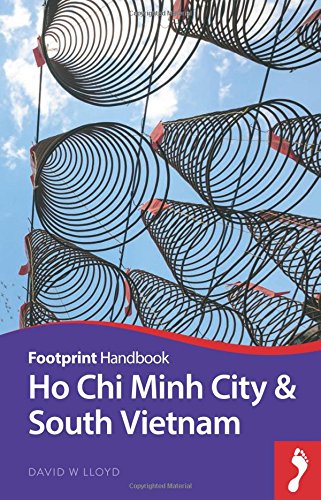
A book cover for Ho Chi Minh City & Mekong Delta Handbook (Footprint - Handbooks); David Lloyd; Travel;